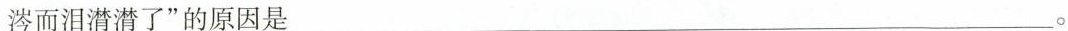
涔而泪潸潸了”的原因是___。